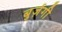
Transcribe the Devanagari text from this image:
बुर्ज़गी